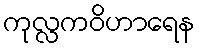
ကုလ္လကဝိဟာရေန